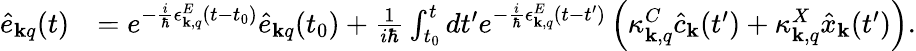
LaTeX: \begin{array}{rl}{\hat{e}_{{\mathbf k}q}(t)}&{=e^{-\frac{i}{\hbar}\epsilon_{{\mathbf k},q}^{E}(t-t_{0})}\hat{e}_{{\mathbf k}q}(t_{0})+\frac{1}{i\hbar}\int_{t_{0}}^{t}dt^{\prime}e^{-\frac{i}{\hbar}\epsilon_{{\mathbf k},q}^{E}(t-t^{\prime})}\left(\kappa_{{\mathbf k},q}^{C}\hat{c}_{{\mathbf k}}(t^{\prime})+\kappa_{{\mathbf k},q}^{X}\hat{x}_{{\mathbf k}}(t^{\prime})\right).}\end{array}